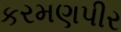
કરમણપીર